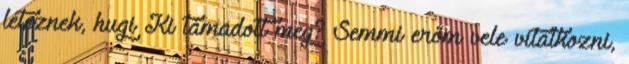
léteznek, hugi Ki támadott meg? Semmi erőm vele vitatkozni,